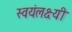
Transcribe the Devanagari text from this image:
स्वयंलक्ष्यी